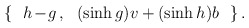
\begin{align*}\{\ \ h\!-\!g\,,\ \ (\sinh g)v+(\sinh h)b\ \ \}\,. \end{align*}